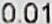
0.01